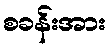
စခန်းအား